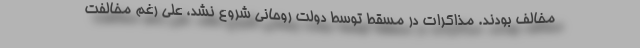
مخالف بودند. مذاکرات در مسقط توسط دولت روحانی شروع نشد، علی رغم مخالفت